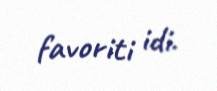
favoriti idi.